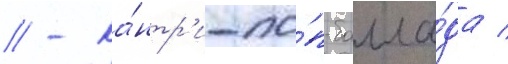
// - ка́нтр'и-по́п-балла́да /